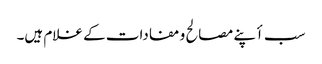
سب أپنے مصالح و مفادات کے غلام ہیں۔